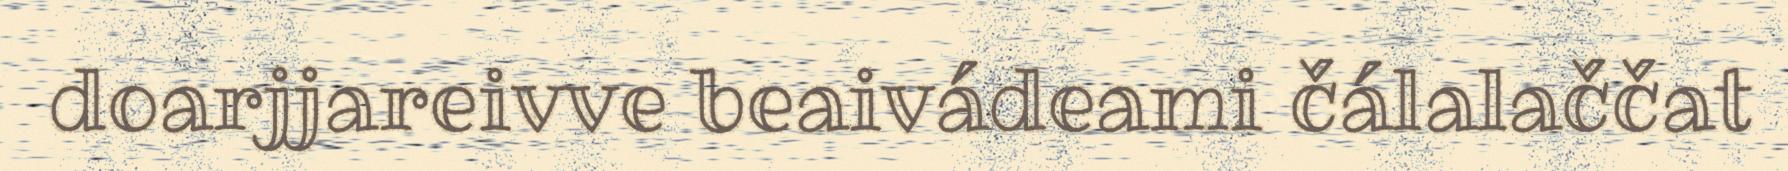
doarjjareivve beaivádeami čálalaččat